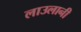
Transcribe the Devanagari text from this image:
लाउलानी